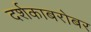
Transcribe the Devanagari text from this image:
दर्शकाबरोबर